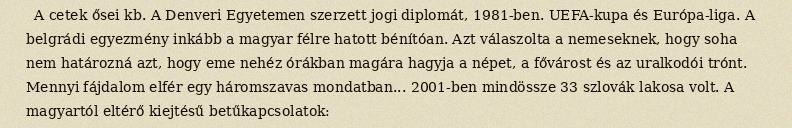
A cetek ősei kb. A Denveri Egyetemen szerzett jogi diplomát, 1981-ben. UEFA-kupa és Európa-liga. A belgrádi egyezmény inkább a magyar félre hatott bénítóan. Azt válaszolta a nemeseknek, hogy soha nem határozná azt, hogy eme nehéz órákban magára hagyja a népet, a fővárost és az uralkodói trónt. Mennyi fájdalom elfér egy háromszavas mondatban... 2001-ben mindössze 33 szlovák lakosa volt. A magyartól eltérő kiejtésű betűkapcsolatok: